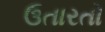
ઉતારતો